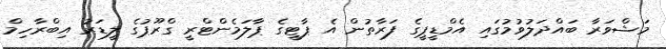
މަޝްވަރާ ބައްދަލުވުމުގައި އެމްޑީޕީގެ ފަރާތުން އެ ޕާޓީގެ ޕާލަމެންޓްރީ ގްރޫޕުގެ ލީޑަރު އިބްރާހިމް